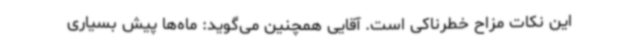
این نکات مزاح خطرناکی است. آقایی همچنین می‌گوید: ماه‌ها پیش بسیاری